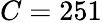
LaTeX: C=251